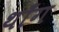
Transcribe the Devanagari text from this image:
थाँग